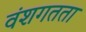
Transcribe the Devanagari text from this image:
वंशगतता